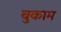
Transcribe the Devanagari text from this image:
बुकाम